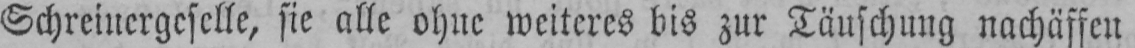
Schreinergeselle, sie alle ohne weiteres bis zur Täuschung nachäffen